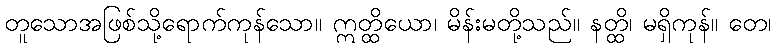
တူသောအဖြစ်သို့ရောက်ကုန်သော။ ဣတ္ထိယော၊ မိန်းမတို့သည်။ နတ္ထိ၊ မရှိကုန်။ တေ၊